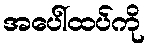
အပေါ်ထပ်ကို